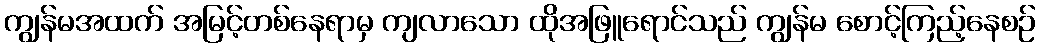
ကျွန်မအထက် အမြင့်တစ်နေရာမှ ကျလာသော ထိုအဖြူရောင်သည် ကျွန်မ စောင့်ကြည့်နေစဉ်